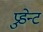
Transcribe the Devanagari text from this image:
प्रुडेन्ट